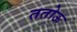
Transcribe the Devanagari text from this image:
ततोऊ